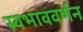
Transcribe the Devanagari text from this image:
स्वभाववर्णन